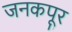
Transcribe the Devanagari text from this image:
जनकपूर